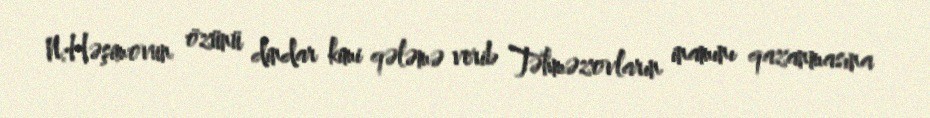
N.Həşimovun özünü dindar kimi qələmə verib Təhməzovların inamını qazanmasına